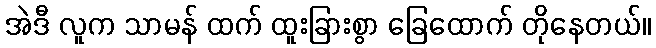
အဲဒီ လူက သာမန် ထက် ထူးခြားစွာ ခြေထောက် တိုနေတယ်။